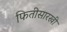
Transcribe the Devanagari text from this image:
फितीसारखी